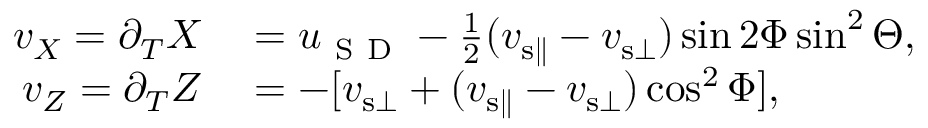
\begin{array} { r l } { v _ { X } = \partial _ { T } X } & { { } = u _ { \mathrm { ~ S ~ D ~ } } - \frac { 1 } { 2 } ( v _ { { \mathrm { s } } \parallel } - v _ { { \mathrm { s } } \bot } ) \sin 2 \Phi \sin ^ { 2 } \Theta , } \\ { v _ { Z } = \partial _ { T } Z } & { { } = - [ v _ { { \mathrm { s } } \bot } + ( v _ { { \mathrm { s } } \parallel } - v _ { { \mathrm { s } } \bot } ) \cos ^ { 2 } \Phi ] , } \end{array}